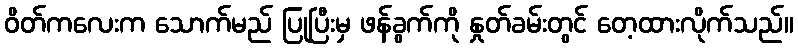
ဝိတ်ကလေးက သောက်မည် ပြုပြီးမှ ဖန်ခွက်ကို နှုတ်ခမ်းတွင် တေ့ထားလိုက်သည်။